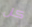
كل